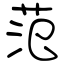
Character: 范